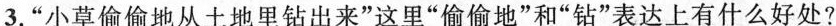
3.”小草偷偷地从土地里钻出来”这里”偷偷地”和”钻”表达上有什么好处?